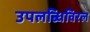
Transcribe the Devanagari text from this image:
उपलब्धिविरल